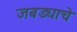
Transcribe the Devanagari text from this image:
जबड्याचे